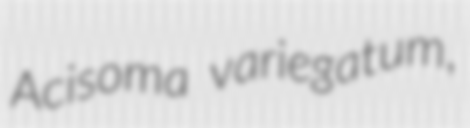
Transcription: Acisoma variegatum,